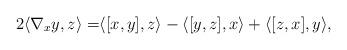
LaTeX: \begin{align*}2 \langle\nabla _x y, z \rangle = & \langle [x,y],z \rangle - \langle [y,z],x \rangle + \langle[z,x],y \rangle ,\end{align*}